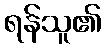
ရန်သူ၏